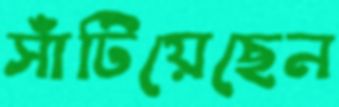
সাঁটিয়েছেন